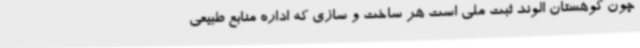
چون کوهستان الوند ثبت ملی است هر ساخت و سازی که اداره منابع طبیعی